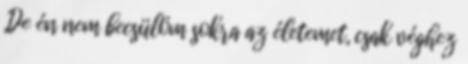
„De én nem becsülöm sokra az életemet, csak véghez